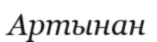
Артынан